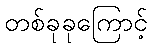
တစ်ခုခုကြောင့်